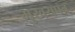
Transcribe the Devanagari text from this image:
मुखयपत्र